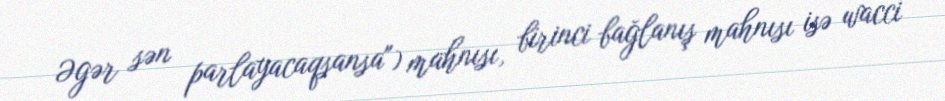
Əgər sən parlayacaqsansa") mahnısı, birinci bağlanış mahnısı isə wacci